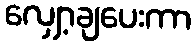
လျှော့ချပေးကာ